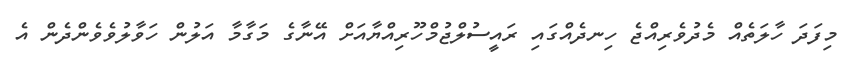
މިފަދަ ހާލަތެއް މެދުވެރިއްޖެ ހިނދެއްގައި ރައީސުލްޖުމްހޫރިއްޔާއަށް އޭނާގެ މަގާމާ އަލުން ހަވާލުވެވެންދެން އެ